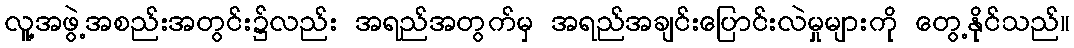
လူ့အဖွဲ့အစည်းအတွင်း၌လည်း အရည်အတွက်မှ အရည်အချင်းပြောင်းလဲမှုများကို တွေ့နိုင်သည်။